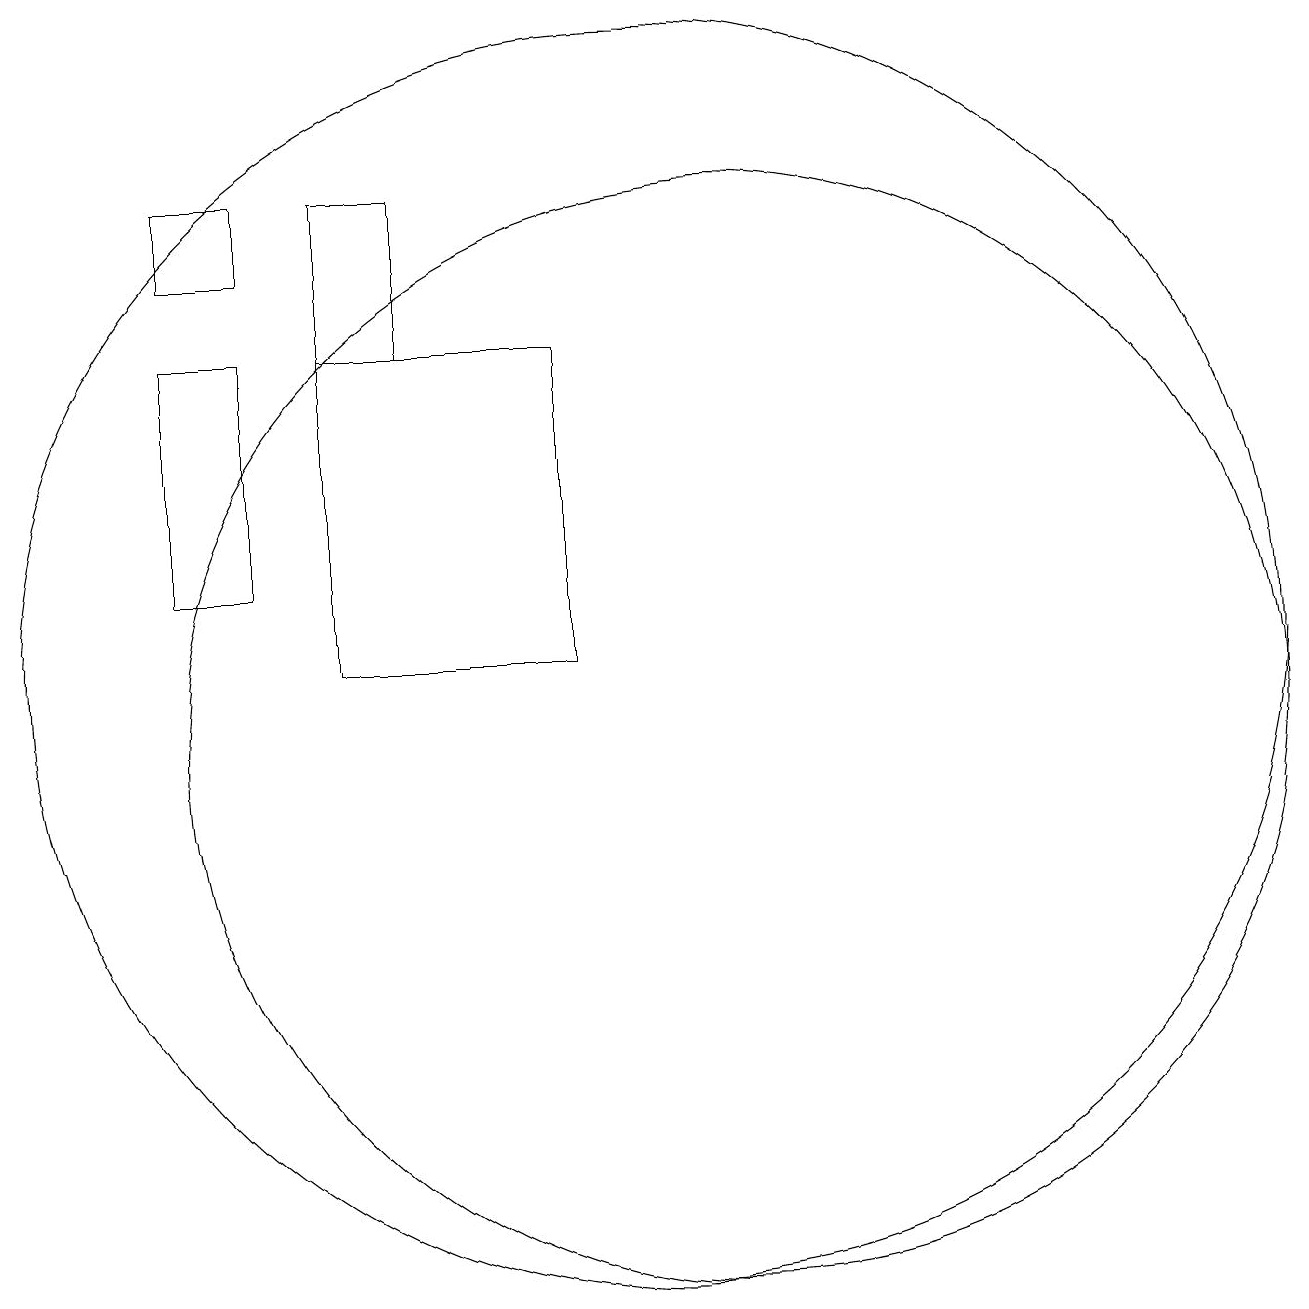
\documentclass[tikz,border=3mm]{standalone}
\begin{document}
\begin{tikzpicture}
\draw (5,16) rectangle (4,13);
\draw (10,12) circle (8);
\draw (4,17) rectangle (5,18);
\draw (9,16) rectangle (6,12);
\draw (7,18) rectangle (6,16);
\draw (11,11) circle (7);
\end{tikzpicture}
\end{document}